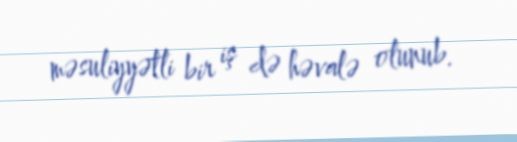
məsuliyyətli bir iş də həvalə olunub.